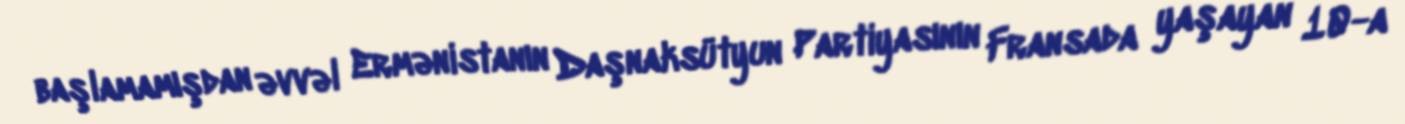
başlamamışdan əvvəl Ermənistanın Daşnaksütyun Partiyasının Fransada yaşayan 10-a